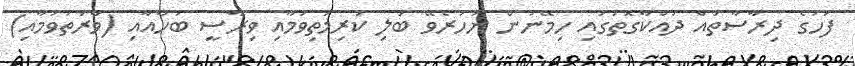
ފަހުގެ ދިރާސާތައް ދައްކާގޮތުގައި ހިމޭނުން ނުހުރެވޭ ބަލި ކުރިމަތިވުމާއި ވިރާސީ ބަހާއާއި (ވާރުތަވުމާއި)